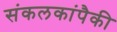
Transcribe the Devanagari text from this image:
संकलकांपैकी